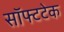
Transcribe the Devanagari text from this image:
सॉफ्टटेक